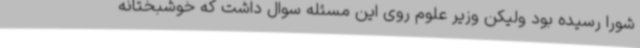
شورا رسیده بود ولیکن وزیر علوم روی این مسئله سوال داشت که خوشبختانه